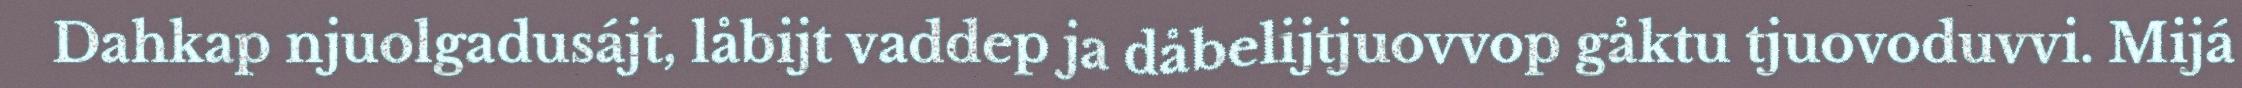
Dahkap njuolgadusájt, låbijt vaddep ja dåbelijtjuovvop gåktu tjuovoduvvi. Mijá